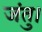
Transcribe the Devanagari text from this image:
जंतु।